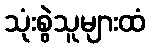
သုံးစွဲသူများထံ